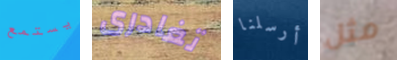
يستمع تغادرى أرسلنا مثل